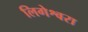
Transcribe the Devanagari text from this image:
लिगेश्वरा